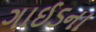
ગાઈડના